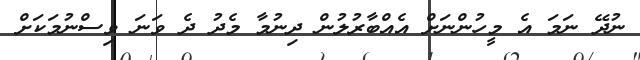
ނުދޭ ނަމަ އެ މީހުންނަށް އެއްބާރުލުން ދިނުމާ މެދު ދެ ވަނަ ވިސްނުމަކަށް